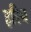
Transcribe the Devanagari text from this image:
हरिच